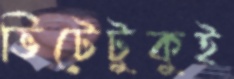
ভিটেটুকুই